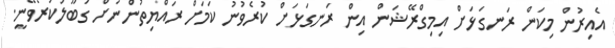
އެއިރުން މިކަން ރަނގަޅަށް އިމިގްރޭޝަން އިން ރަނގަޅަށް ކުރެވުުނު ކަމަށް ރައްޔިތުންނަށް ގަބޫލުކުރެވޭނީ.